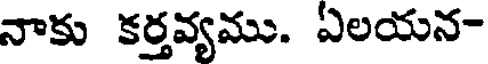
నాకు కర్తవ్యము. ఏలయన-